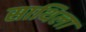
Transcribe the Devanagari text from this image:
साथिला